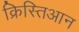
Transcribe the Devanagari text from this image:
क्रिस्तिआन